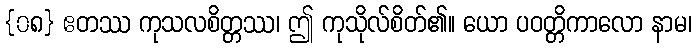
{၀၈} ဧတဿ ကုသလစိတ္တဿ၊ ဤ ကုသိုလ်စိတ်၏။ ယော ပဝတ္တိကာလော နာမ၊